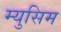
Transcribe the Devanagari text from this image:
म्युसिम